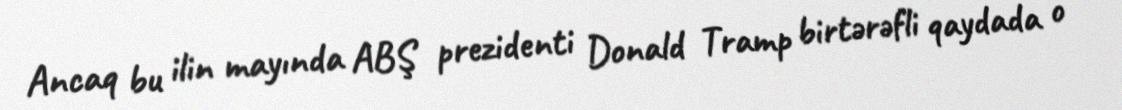
Ancaq bu ilin mayında ABŞ prezidenti Donald Tramp birtərəfli qaydada o